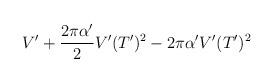
LaTeX: \begin{align*}V'+\frac{2\pi\alpha'}{2}V'(T')^2-2\pi\alpha'V'(T')^2\end{align*}